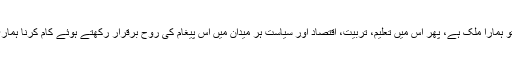
ہمارا محاذ ایک تو ہمارا ملک ہے، پھر اس میں تعلیم، تربیت، اقتصاد اور سیاست ہر میدان میں اس پیغام کی روح برقرار رکھتے ہوئے کام کرنا ہماری ذمہ داری ہے۔